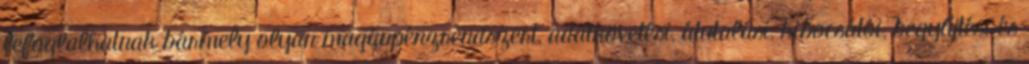
lefoglalhatnak bármely olyan magánpénzrendszert, adatkövetési, átutalási, kibocsátói, begyűjtési és